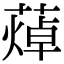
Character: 𦻐